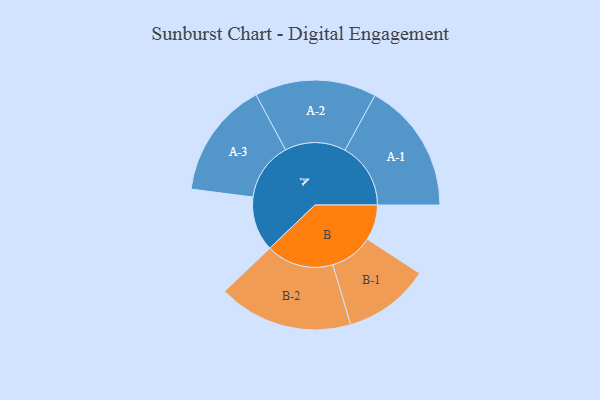
{"axis": {"x": "Segment", "y": "Value"}, "legend": ["", "A", "B"], "data": [{"x": "A", "y": 157, "type": ""}, {"x": "B", "y": 102, "type": ""}, {"x": "A-1", "y": 189, "type": "A"}, {"x": "A-2", "y": 175, "type": "A"}, {"x": "A-3", "y": 168, "type": "A"}, {"x": "B-1", "y": 124, "type": "B"}, {"x": "B-2", "y": 194, "type": "B"}]}